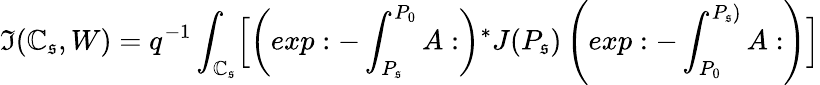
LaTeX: \mathfrak{I}(\mathbb{C}_{\mathfrak{s}},W)=q^{-1}\int_{\mathbb{C}_{\mathfrak{s}}}\Bigl[\left(exp:-\int_{P_{\mathfrak{s}}}^{P_{0}}A:\right){^*J}(P_{\mathfrak{s}})\left(exp:-\int_{P_{0}}^{P_{\mathfrak{s}})}A:\right)\Bigr]